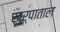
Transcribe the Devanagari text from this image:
खुर्पाताल